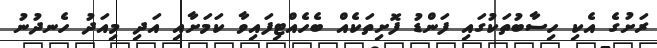
ރަށުގެ އެކި ހިސާބުތަކުގައި ފަންޑު ފޮށިތަކެއް ބެހެއްޓިފައިވާ ކަމަށާއި އަދި މިއަދު ހެނދުނު